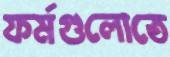
ফর্মগুলোতে